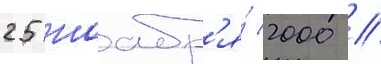
25 ноабр'я́ 2000 //